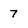
Character: 7